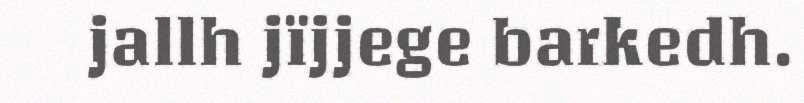
jallh jïjjege barkedh.